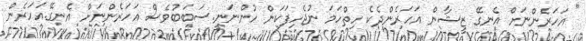
" އަހަރެންނަށް އެނގޭ ޒީޝާން އަހަރެންދެކެ ހިތްހަމަ ނުޖެހިފަކަން ހުންނަނީ.ސަބަބުވެސް އަހަރެންނަށް އެނގޭ.އަހަރެން